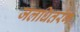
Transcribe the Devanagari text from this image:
जलधितरंग